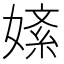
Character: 𫱚